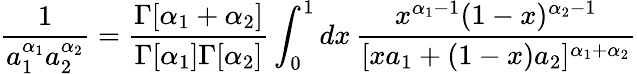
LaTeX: \frac{1}{a_{1}^{\alpha_{1}}a_{2}^{\alpha_{2}}}=\frac{\Gamma[\alpha_{1}+\alpha_{2}]}{\Gamma[\alpha_{1}]\Gamma[\alpha_{2}]}\int_{0}^{1}dx\, \frac{x^{\alpha_{1}-1}(1-x)^{\alpha_{2}-1}}{[xa_{1}+(1-x)a_{2}]^{\alpha_{1}+\alpha_{2}}}